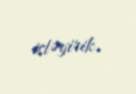
istəyirik.